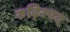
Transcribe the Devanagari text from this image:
रुढ़िस्पद